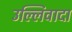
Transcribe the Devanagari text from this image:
उल्लिवादा